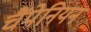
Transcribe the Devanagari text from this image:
चैंपेनियन